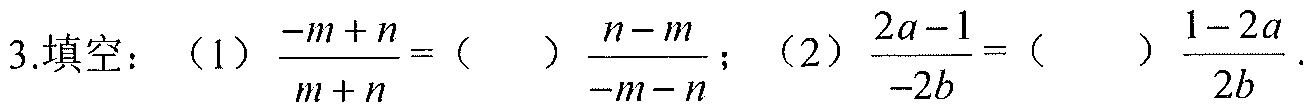
3.填空：（1）\(\frac{-m + n}{m + n}=(\ \ \ \ )\frac{n - m}{-m - n}\)；（2）\(\frac{2a - 1}{-2b}=(\ \ \ \ )\frac{1 - 2a}{2b}\)．